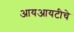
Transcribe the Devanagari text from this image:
आयआयटीचे